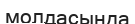
молдасында